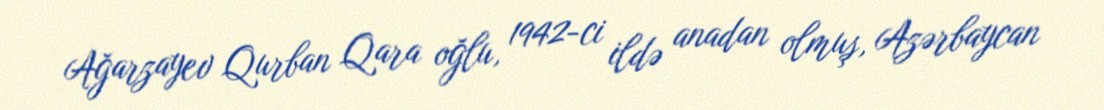
Ağarzayev Qurban Qara oğlu, 1942-ci ildə anadan olmuş, Azərbaycan